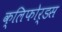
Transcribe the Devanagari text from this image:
क्लिफोर्डस